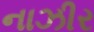
નાઝીર